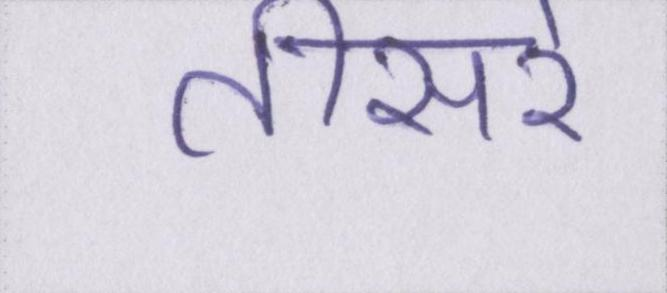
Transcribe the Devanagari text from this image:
तीसरे